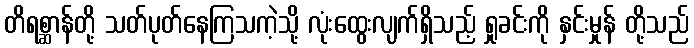
တိရစ္ဆာန်တို့ သတ်ပုတ်နေကြသကဲ့သို့ လုံးထွေးလျက်ရှိသည့် ရှုခင်းကို နှင်းမှုန် တို့သည်